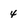
Character: 4